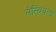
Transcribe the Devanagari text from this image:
लेस्बियन्स